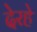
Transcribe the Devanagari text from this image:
देरहे